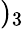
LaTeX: )_{3}